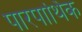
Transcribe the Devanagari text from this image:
पारपार्थिक